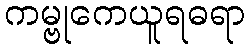
ကမ္ဗုကေယူရဓရာ